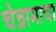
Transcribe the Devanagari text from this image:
चेन्नामाचा